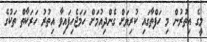
މީގެ އިތުރުން މި ހަފްތާގައި ކުރިޔަށް ގެންދިއުމަށް ހަމަޖެހިފައިވާ އިތުރު ހަރަކާތް ތަކުގެ